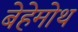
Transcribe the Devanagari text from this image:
बेहेमोथ